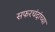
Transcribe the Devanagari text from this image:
सफरचंदांच्या